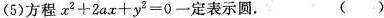
(5)方程x^{2}+2ax+y^{2}=0一定表示圆。